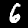
Digit: 6